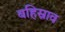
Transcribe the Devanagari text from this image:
बहिस्राव